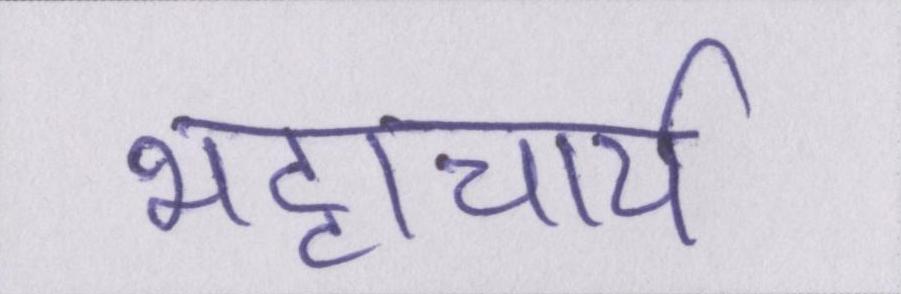
भट्टाचार्य